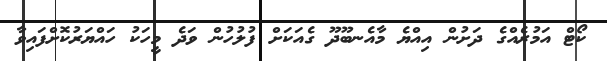
ކޯޓް އަމުރެއްގެ ދަށުން އިއްޔެ މާއެނބޫދޫ ގެއަކަށް ފުލުހުން ވަދެ މީހަކު ހައްޔަރުކޮށްފައިވާ